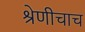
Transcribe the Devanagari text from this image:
श्रेणीचाच